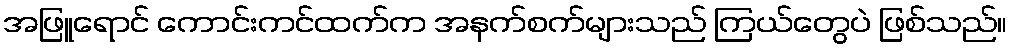
အဖြူရောင် ကောင်းကင်ထက်က အနက်စက်များသည် ကြယ်တွေပဲ ဖြစ်သည်။